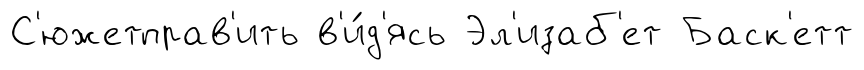
С'южетправ'ить в'и́д'ясь Эл'изаб'ет Баск'етт